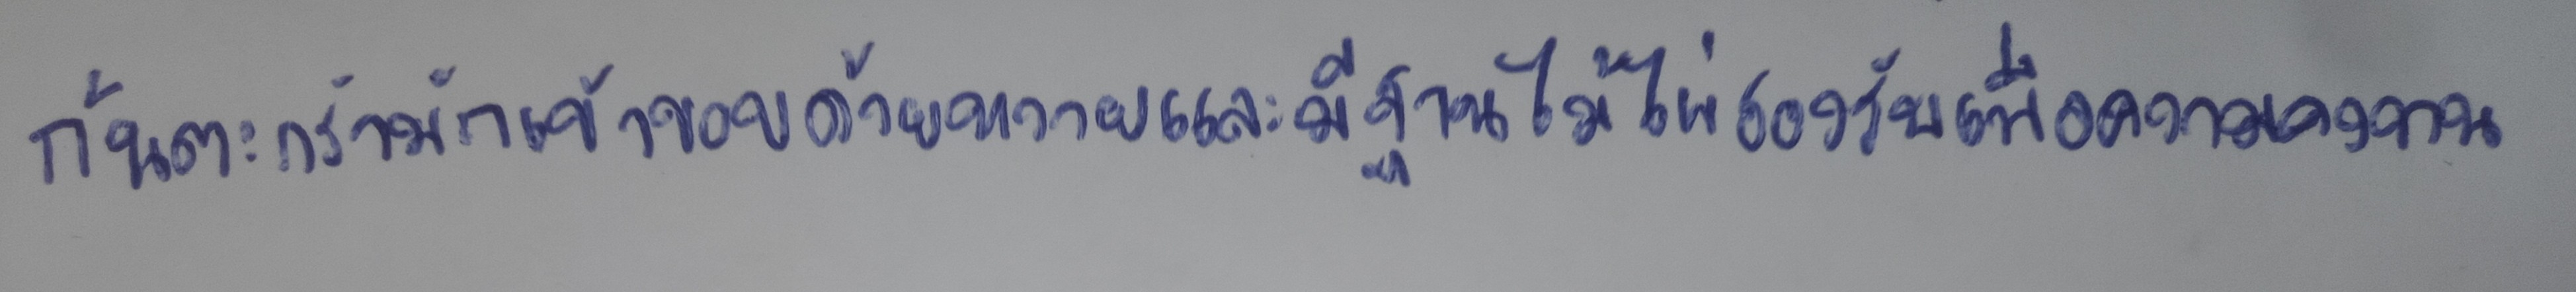
ก้นตะกร้ามักเข้าขอบด้วยหวายและมีฐานไม้ไผ่รองรับเพื่อความคงทน